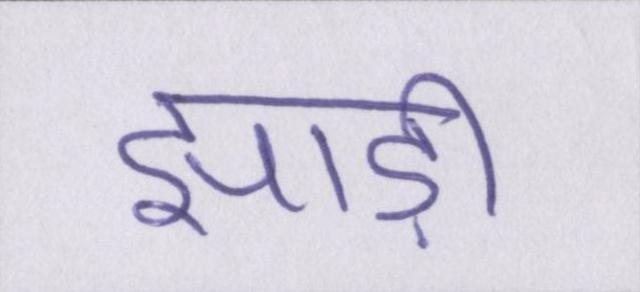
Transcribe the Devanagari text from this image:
झाड़ी